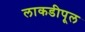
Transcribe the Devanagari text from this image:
लाकडीपूल